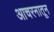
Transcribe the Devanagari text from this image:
आचरनातून